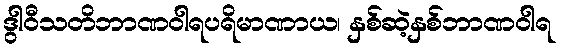
ဒွါဝီသတိဘာဏဝါရပရိမာဏာယ၊ နှစ်ဆဲ့နှစ်ဘာဏဝါရ